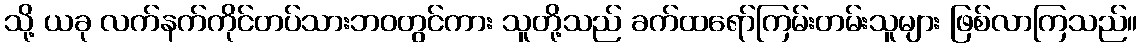
သို့ ယခု လက်နက်ကိုင်တပ်သားဘဝတွင်ကား သူတို့သည် ခက်ထရော်ကြမ်းတမ်းသူများ ဖြစ်လာကြသည်။